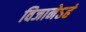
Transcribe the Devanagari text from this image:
विजानेऽहं